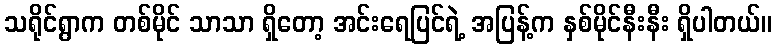
သရိုင်ရွာက တစ်မိုင် သာသာ ရှိတော့ အင်းရေပြင်ရဲ့ အပြန့်က နှစ်မိုင်နီးနီး ရှိပါတယ်။